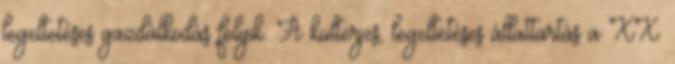
legeltetéses gazdálkodás folyik. A külterjes, legeltetéses állattartás a XX.